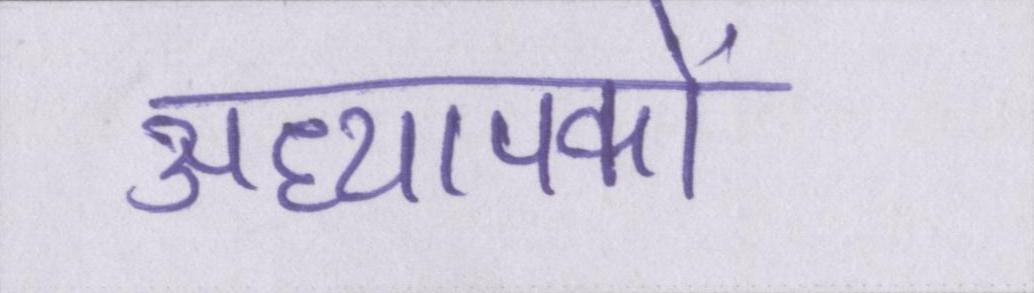
अध्यापकों